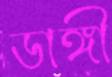
ডাঙ্গী